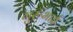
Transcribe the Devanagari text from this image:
गुरूभाई